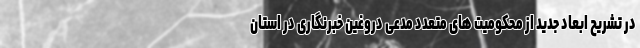
در تشریح ابعاد جدید از محکومیت های متعدد مدعی دروغین خبرنگاری در استان